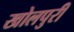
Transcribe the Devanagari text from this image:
खोलपुरी